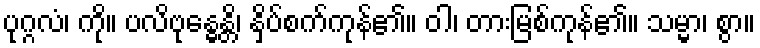
ပုဂ္ဂလံ၊ ကို။ ပလိဗုန္ဓေန္တိ၊ နှိပ်စက်ကုန်၏။ ဝါ၊ တားမြစ်ကုန်၏။ သမ္မာ၊ စွာ။